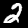
Digit: 2